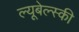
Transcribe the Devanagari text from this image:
ल्यूबेल्स्की